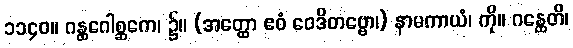
၁၁၄၀။ ဂန္ထဂေါစ္ဆကေ၊ ၌။ (အတ္ထော ဧဝံ ဝေဒိတဗ္ဗော၊) နာမကာယံ၊ ကို။ ဂန္ထေတိ၊